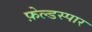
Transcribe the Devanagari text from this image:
फ़ेल्डस्पार